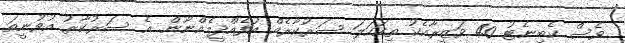
ވެސް ކެބިނެޓު 40 ވަޒީރާއެކު ތިކަހަލަ ސަރުކާރެއް އުފެއްދީމެއްނޫން. އެ ސަރުކާރު އުވުނީތަ